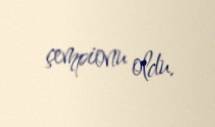
çempionu oldu.